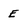
Character: E